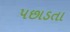
પછાડતા